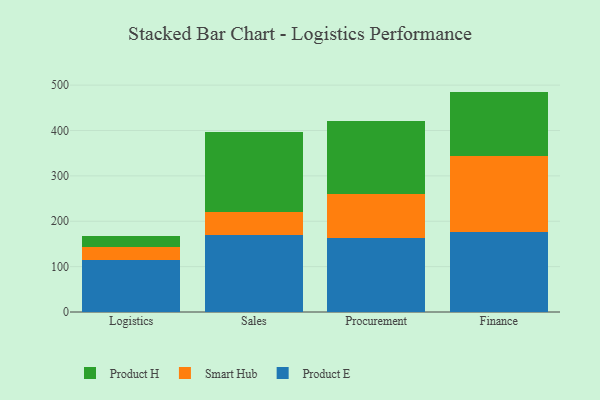
{"axis": {"x": "Department", "y": "Temperature (°C)"}, "legend": ["Product E", "Product H", "Smart Hub"], "data": [{"x": "Logistics", "y": 114.4, "type": "Product E"}, {"x": "Logistics", "y": 28.5, "type": "Smart Hub"}, {"x": "Logistics", "y": 25.6, "type": "Product H"}, {"x": "Sales", "y": 170.3, "type": "Product E"}, {"x": "Sales", "y": 49.3, "type": "Smart Hub"}, {"x": "Sales", "y": 177.9, "type": "Product H"}, {"x": "Procurement", "y": 163.1, "type": "Product E"}, {"x": "Procurement", "y": 96.5, "type": "Smart Hub"}, {"x": "Procurement", "y": 160.7, "type": "Product H"}, {"x": "Finance", "y": 175.3, "type": "Product E"}, {"x": "Finance", "y": 167.8, "type": "Smart Hub"}, {"x": "Finance", "y": 142.6, "type": "Product H"}]}